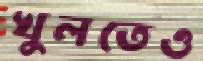
খুলতেও